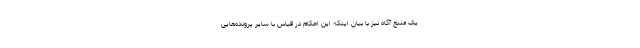
یک منبع آگاه نیز با بیان اینکه این احکام در قیاس با سایر پرونده‌هایی